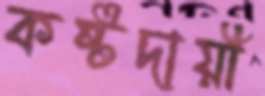
কষ্টদায়ী